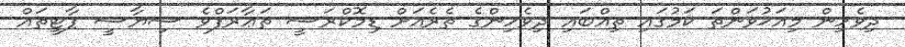
ދިވެހިން މިއަޚުވަންތަ ކަމުގައި ތިއްބައި ދިވެހިންގެ ތެރެއަށް ޑިމޮކްރަސީ ތަޢާރަފްވެ ސިޔާސީ ޕާޓީތައް